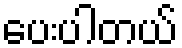
ပေးပါတယ်